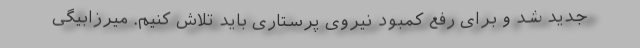
جدید شد و برای رفع کمبود نیروی پرستاری باید تلاش کنیم. میرزابیگی